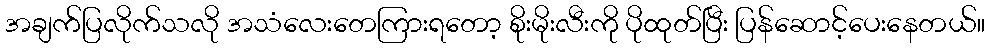
အချက်ပြလိုက်သလို အသံလေးတေကြားရတော့ စိုးမိုးလီးကို ပိုထုတ်ပြီး ပြန်ဆောင့်ပေးနေတယ်။